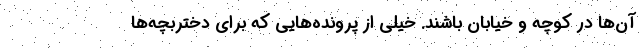
آن‌ها در کوچه و خیابان باشند. خیلی از پرونده‌هایی که برای دختربچه‌ها